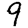
Digit: 9